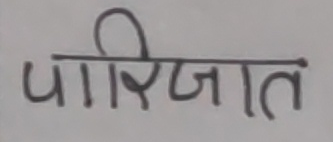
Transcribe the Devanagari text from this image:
पारिजात